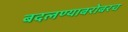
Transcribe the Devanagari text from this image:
बदलण्याबरोबरच